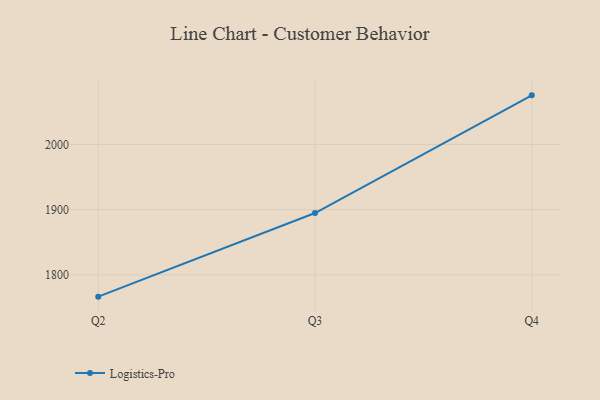
{"axis": {"x": "Quarter", "y": "Latency (ms)"}, "legend": ["Logistics-Pro"], "data": [{"x": "Q2", "y": 1766.6, "type": "Logistics-Pro"}, {"x": "Q3", "y": 1894.8, "type": "Logistics-Pro"}, {"x": "Q4", "y": 2075.2, "type": "Logistics-Pro"}]}